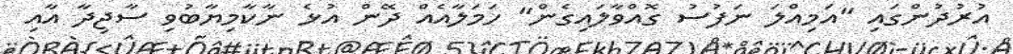
އުރުދުންގައި "އަމިއްލަ ނަފުސު ގޮއްވާލައިގެން" ހަމަލާއެއް ދޭން އުޅެ ނާކާމިޔާބުވި ސާޖިދާ އާއި